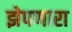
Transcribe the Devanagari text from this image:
झेपणारा